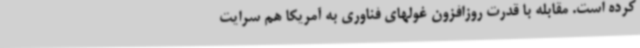
کرده است. مقابله با قدرت روزافزون غولهای فناوری به آمریکا هم سرایت